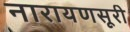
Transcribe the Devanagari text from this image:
नारायणसूरी